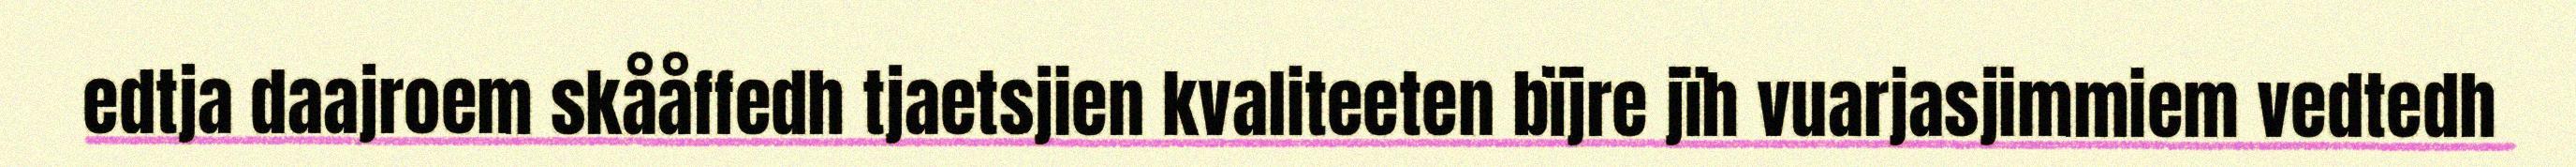
edtja daajroem skååffedh tjaetsjien kvaliteeten bïjre jïh vuarjasjimmiem vedtedh